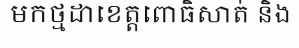
មកថ្មដាខេត្តពោធិសាត់ និង